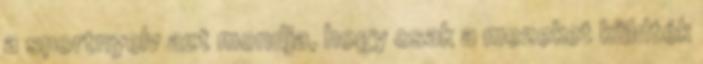
a sportnyelv azt mondja, hogy csak a mezeket küldték